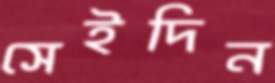
সেইদিন